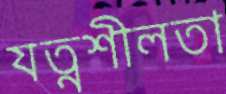
যত্নশীলতা